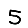
Digit: 5